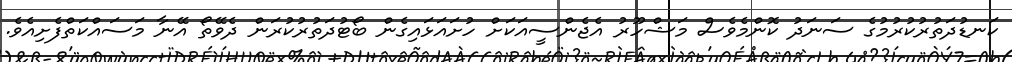
ކަނޑުދަތުރުކުރުމުގެ ސަނަދު ކޮންމެވެސް މަޝްހޫރު އެޖެންސީއަކަށް ހުށައަޅައިގެން ބޯޓުދަތުރުކުރަން ދެވޭތޯ އޭނާ މަސައްކަތްފެށިއެވެ.